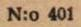
N:o 401